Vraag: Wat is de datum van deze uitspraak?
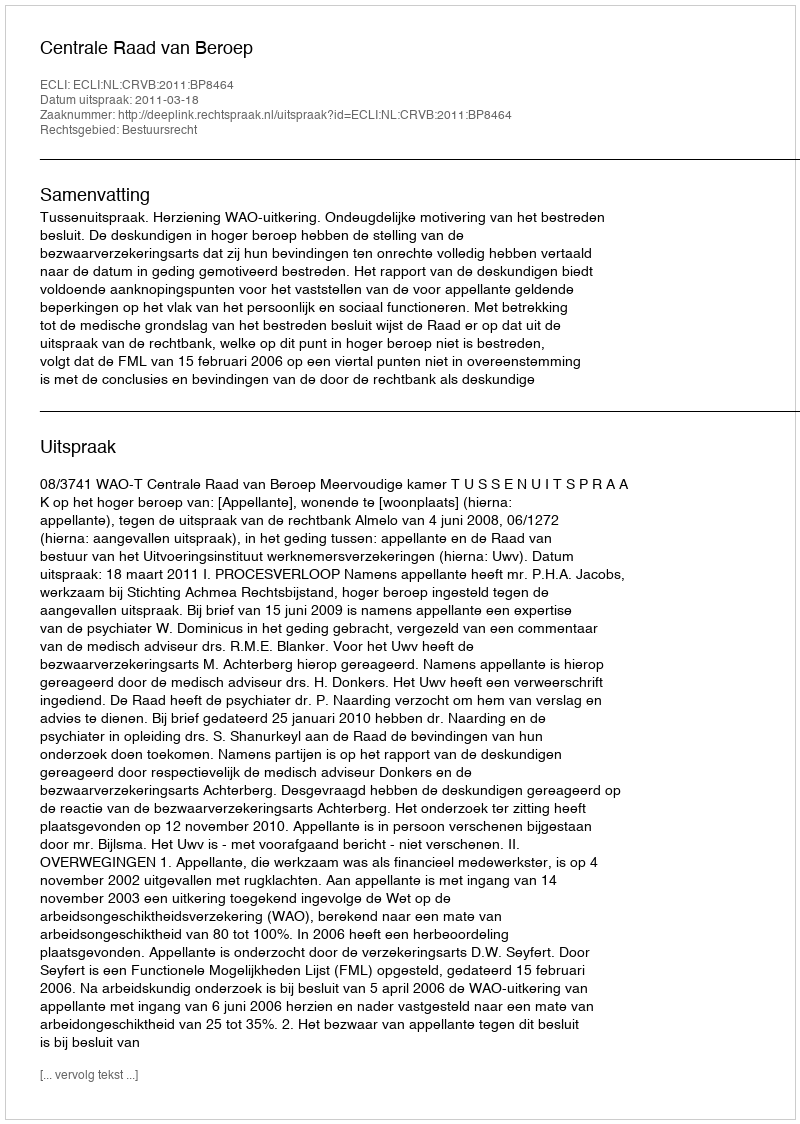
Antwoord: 2011-03-18